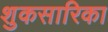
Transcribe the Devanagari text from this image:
शुकसारिका